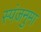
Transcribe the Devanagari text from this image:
स्पंजनुमा